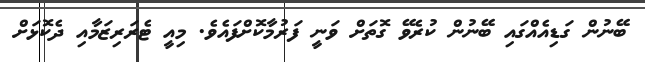
ބޭނުން ގަޑިއެއްގައި ބޭނުން ކުރެވޭ ގޮތަށް ވަނީ ފަރުމާކޮށްފައެވެ. މިއީ ޓެރަރިޒަމާއި ދެކޮޅަށް